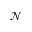
\mathcal { N }